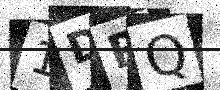
Text: 1DRQ